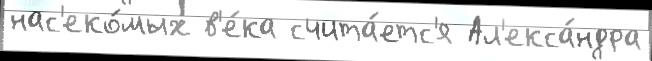
нас'еко́мых в'е́ка счита́етс'я Ал'екса́ндра